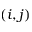
( i , j )